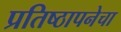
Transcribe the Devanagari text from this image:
प्रतिष्ठापनेचा